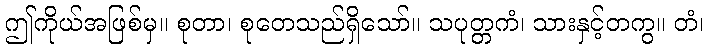
ဤကိုယ်အဖြစ်မှ။ စုတာ၊ စုတေသည်ရှိသော်။ သပုတ္တကံ၊ သားနှင့်တကွ။ တံ၊